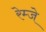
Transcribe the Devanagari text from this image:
रेम्जे